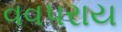
વવપરાય